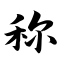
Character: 称